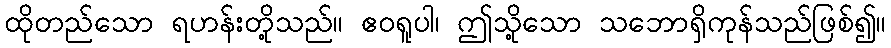
ထိုတည်သော ရဟန်းတို့သည်။ ဧဝရူပါ၊ ဤသို့သော သဘောရှိကုန်သည်ဖြစ်၍။